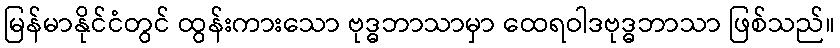
မြန်မာနိုင်ငံတွင် ထွန်းကားသော ဗုဒ္ဓဘာသာမှာ ထေရဝါဒဗုဒ္ဓဘာသာ ဖြစ်သည်။